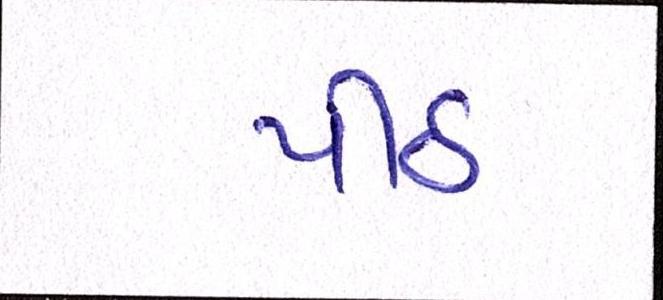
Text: પીઠ